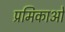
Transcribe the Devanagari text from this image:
प्रमिकाओं